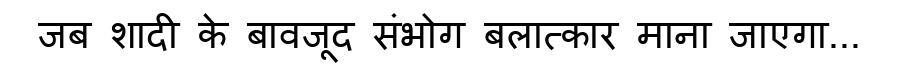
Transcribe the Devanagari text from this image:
जब शादी के बावजूद संभोग बलात्कार माना जाएगा...